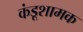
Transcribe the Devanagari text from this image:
कंडूशामक